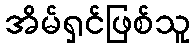
အိမ်ရှင်ဖြစ်သူ